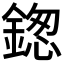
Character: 鍯